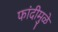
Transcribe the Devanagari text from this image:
फांदीमुळे